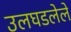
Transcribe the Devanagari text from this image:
उलघडलेले